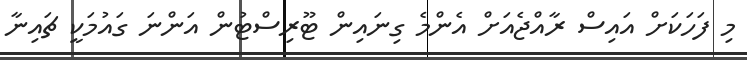
މި ފަހަކަށް އައިސް ރާއްޖެއަށް އެންމެ ގިނައިން ޓޫރިސްޓުން އަންނަ ގައުމަކީ ޗައިނާ